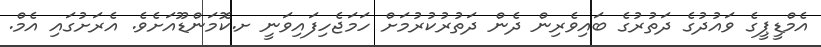
އެމްޑީޕީގެ ވައުދުގެ ދަތުރުގެ ބައިވެރިން ދެން ދަތުރުކުރުމަށް ހަމަޖެހިފައިވަނީ ށ.ކޮމަންޑޫއަށެވެ. އެރަށުގައި އެމް.